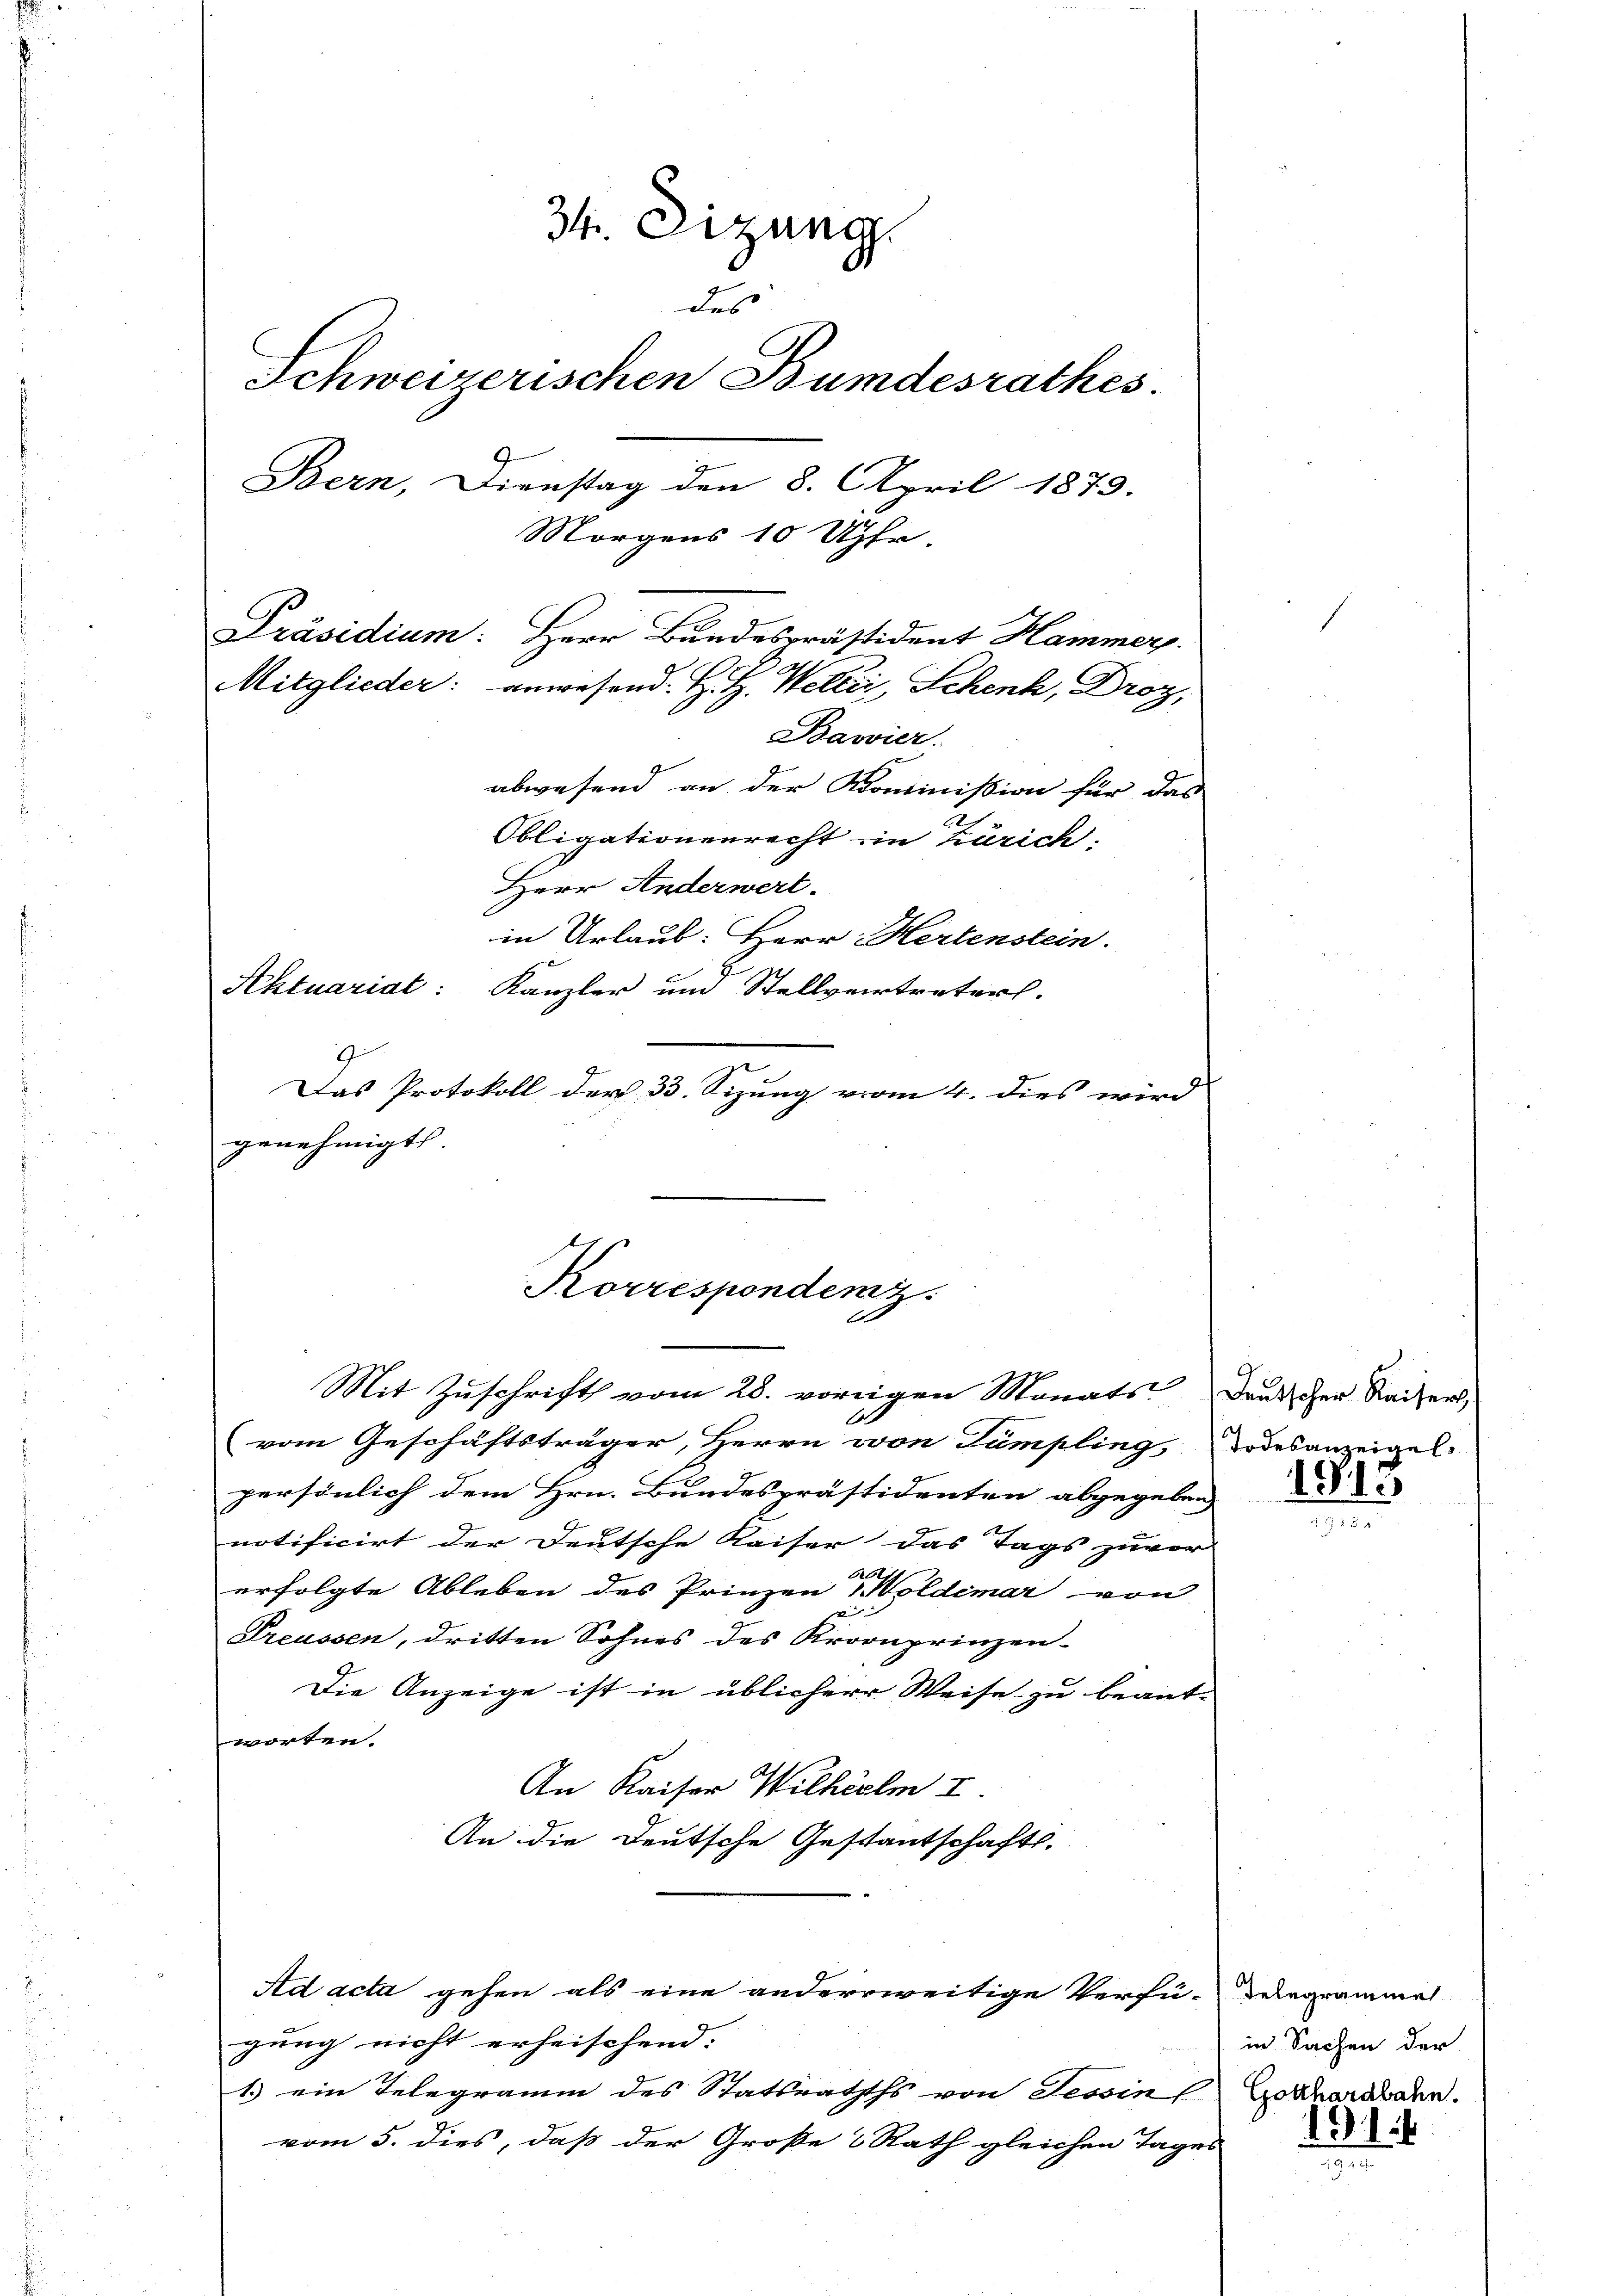
34. Dizung
des
Schweizerischen Bundesrathes.
Bern, Dienstag den 8. April 1873.
Morgens 10 Uhr.
Präsidium: Herr Bundespräsident Hammer.
Mitglieder: anwesend: H. H. Welti, Schenk, Droz.
Bavier.

abwesend an der Kommission für das
Obligationenrecht im Zürich.
Herr Anderwert.
in Urlaub: Herr Hertenstein.
Aktuariat: Kanzler um Stellvertreter.
Das Protokoll der 33. Sizung vom 4. dies wird
genehmigt. |

Korrespondenz.

Mit Zuschrift vom 28. vorigen Monats Dankscher Kaisers,
(vom Geschäftsträger, Herrn von Tümpling, Todesanzeigel.
persönlich dem Hrn. Bundespräsidenten abgegeben
notificirt der Deutsche Kaiser das Tags zuvor
26
erfolgte Ableben des Prinzen Wöldimar von
.
Preussen, dritten Sohnes des Kronprinzen-
Die Anzeige ist in üblicherr Weise zu beant-
worfen.
An Kaiser Wilhelm I.
An die Deutsche Gestantschafts-
Ad acta gehen als eine anderweitige Verfü-Delegrammel
gung nicht erheischend. |
1.) ein Telegramm des Statsrathths von Tessin C.
vom 5. dies, daß der Große Rath gleichen Tages

113

in Sachen der
Gotthardbahn.

1914